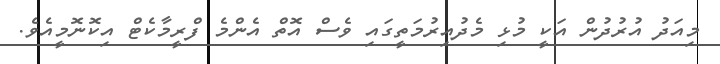
މިއަދު އުރުދުން އަކީ މުޅި މެދުއިރުމަތީގައި ވެސް އޮތް އެންމެ ފްރީމާކެޓް އިކޮނޮމީއެވެ.